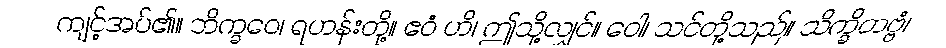
ကျင့်အပ်၏။ ဘိက္ခဝေ၊ ရဟန်းတို့။ ဧဝံ ဟိ၊ ဤသို့လျှင်။ ဝေါ၊ သင်တို့သည်။ သိက္ခိတဗ္ဗံ၊